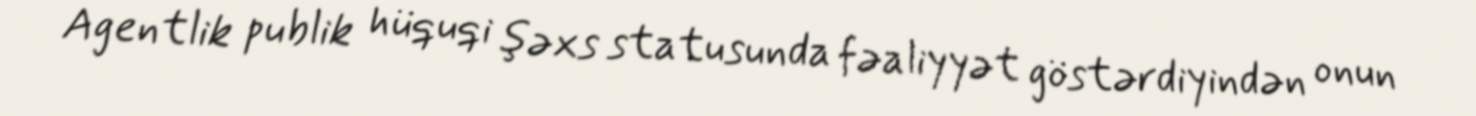
Agentlik publik hüquqi şəxs statusunda fəaliyyət göstərdiyindən onun